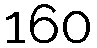
160